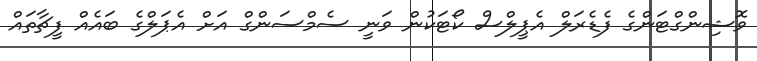
ވޮޝިންގްޓަންގެ ފެޑެރަލް އެޕީލްސް ކޯޓަކުން ވަނީ ސެމްސަންގް އަށް އެޕަލްގެ ބައެއް ފީޗާތައް